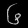
Digit: ၆